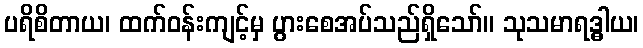
ပရိစိတာယ၊ ထက်ဝန်းကျင့်မှ ပွားစေအပ်သည်ရှိသော်။ သုသမာရဒ္ဓါယ၊